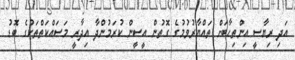
އަދި ރިޔާސީ އިންތިހާބަށް ތައްޔާރުވުމުގެ ގޮތުން އީސީން ކުރަމުންދާ އިދާރީ މަސައްކަތްތަކުގެ ބޮޑު